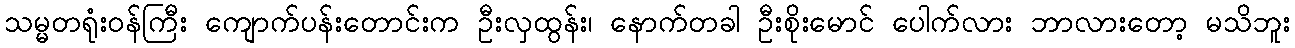
သမ္မတရုံးဝန်ကြီး ကျောက်ပန်းတောင်းက ဦးလှထွန်း၊ နောက်တခါ ဦးစိုးမောင် ပေါက်လား ဘာလားတော့ မသိဘူး